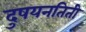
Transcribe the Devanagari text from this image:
दुषयनतिती